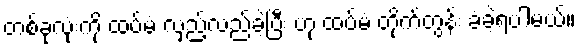
တစ်ခုလုံးကို ထပ်မံ လှည့်လည်ခဲ့ပြီး ဟု ထပ်မံ တိုက်တွန်း ခံခဲ့ရပါမယ်။